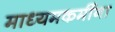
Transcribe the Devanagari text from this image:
माध्यमकर्मीना